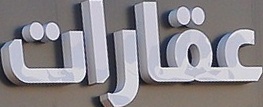
عقارات